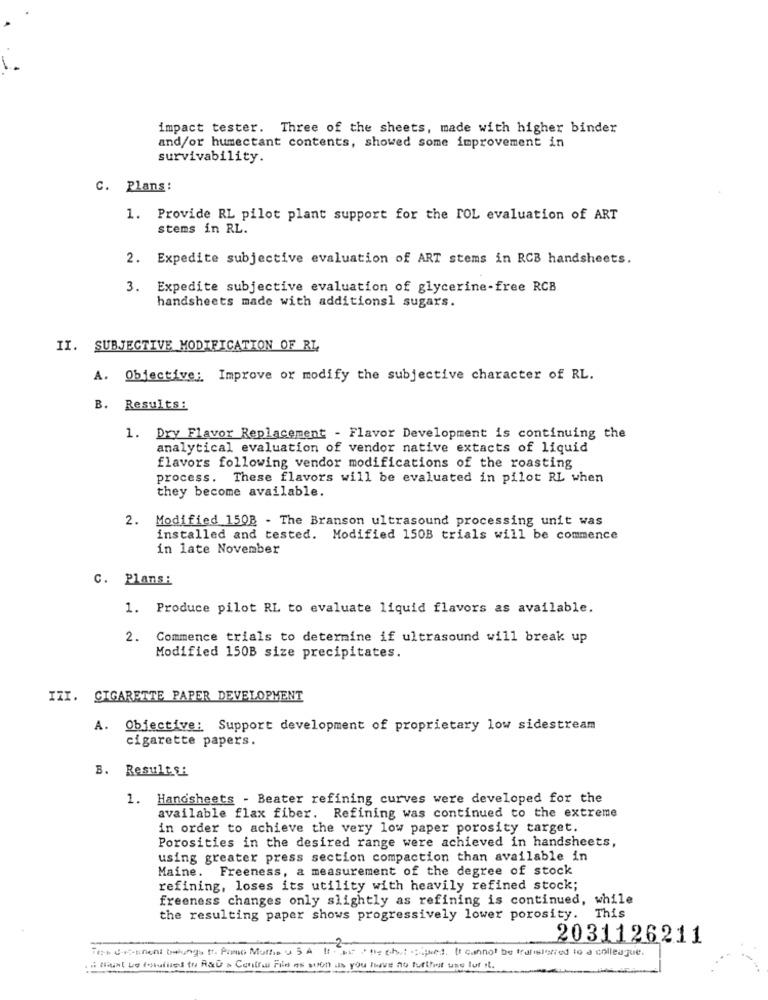
impact tester. Three of the sheets, made with higher binder
and/or humectant contents, showed some improvement in
survivability.
C. Plans:
1. Provide RL pilot plant support for the TOL evaluation of ART
stems in RL.
2. Expedite subjective evaluation of ART stems in RCB handsheets.
3. Expedite subjective evaluation of glycerine-free RCB
handsheets made with additionsl sugars.
II. SUBJECTIVE MODIFICATION OF RL
A. Objective; Improve or modify the subjective character of RL.
B. Results:
1. Dry Flavor Replacement - Flavor Development is continuing the
analytical evaluation of vendor native extacts of liquid
flavors following vendor modifications of the roasting
process. These flavors will be evaluated in pilot RL when
they become available.
2. Modified 150B - The Branson ultrasound processing unit was
installed and tested. Modified 150B trials will be commence
in late November
C. Plans:
1. Produce pilot RL to evaluate liquid flavors as available.
2.
Commence trials to determine if ultrasound will break up
Modified 150B size precipitates.
IZI. CIGARETTE PAPER DEVELOPMENT
A. Objective: Support development of proprietary low sidestream
cigarette papers.
B. Results:
1. Handsheets - Beater refining curves were developed for the
available flax fiber. Refining was continued to the extreme
in order to achieve the very low paper porosity target.
Porosities in the desired range were achieved in handsheets,
using greater press section compaction than available in
Maine. Freeness, a measurement of the degree of stock
refining, loses its utility with heavily refined stock;
freeness changes only slightly as refining is continued, while
the resulting paper shows progressively lower porosity. This
2031126211
Tich dsc-gnent balungs tt. Primo Muthis y 5 À If h .bl " tie chut -sighed. It cannot be trafisigfred to a colleague.
i must be toutused to R&D > Centrai File as soon as you have no further use luf it.